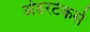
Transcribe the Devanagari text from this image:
अंडरटेकर्स